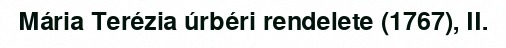
Mária Terézia úrbéri rendelete (1767), II.